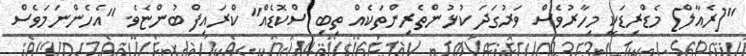
"[ރެއާލް] މެޑްރިޑަކީ މިހާރުވެސް ވަރުގަދަ ކުޅުންތެރިންތަކެއް ތިބި ސްކޮޑެއް" ކްރައިފް ބުންޏެވެ. "އެހެންނަމަވެސް